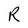
Character: R